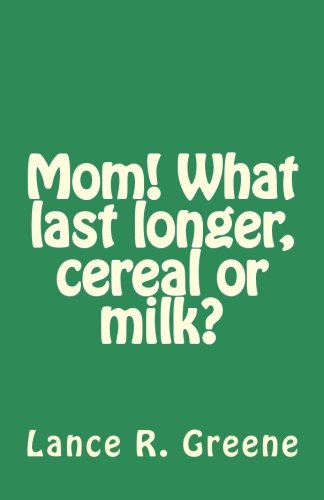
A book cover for Mom! What last longer, cereal or milk?; Lance Rogers Greene; Parenting & Relationships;